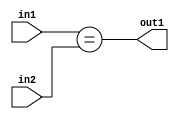
`timescale 1ps / 1ps
/*****************************************************************************
    Verilog RTL Description
    
    
    Created by: Stratus DpOpt 2019.1.01 
*******************************************************************************/

module in_buff_Equal_3Ux2U_1U_4_1 (
	in2,
	in1,
	out1
	); /* architecture "behavioural" */ 
input [2:0] in2;
input [1:0] in1;
output  out1;
wire  asc001;

assign asc001 = (in1==in2);

assign out1 = asc001;
endmodule

/* CADENCE  urfyTAk= : u9/ySgnWtBlWxVPRXgAZ4Og= ** DO NOT EDIT THIS LINE ******/